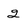
Character: 2